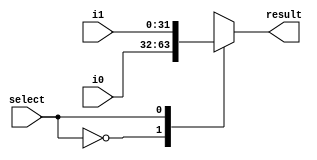
module MUX2to1(i0, i1, select, result);

input [31:0] i0, i1;
input select;
output reg [31:0] result;

always @(*) begin

case (select)
1'b0: result = i0;
1'b1: result = i1;

endcase
end
endmodule